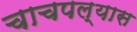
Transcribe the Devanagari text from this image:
चाचपल्यास